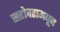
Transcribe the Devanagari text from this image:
सरोवरामधून